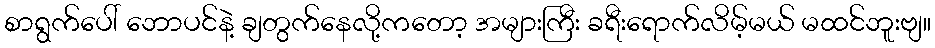
စာရွက်ပေါ် ဘောပင်နဲ့ ချတွက်နေလို့ကတော့ အများကြီး ခရီးရောက်လိမ့်မယ် မထင်ဘူးဗျ။